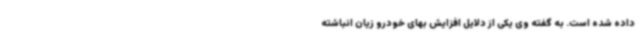
داده شده است. به گفته وی یکی از دلایل افزایش بهای خودرو زیان انباشته